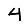
Digit: 4